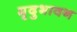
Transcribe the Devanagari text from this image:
मृदुभावन